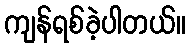
ကျန်ရစ်ခဲ့ပါတယ်။